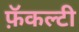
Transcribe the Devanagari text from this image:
फ़ॅकल्टी